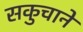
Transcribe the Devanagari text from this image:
सकुचाने